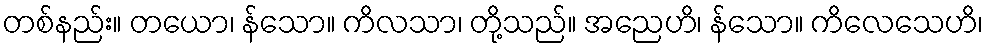
တစ်နည်း။ တယော၊ န်သော။ ကိလသာ၊ တို့သည်။ အညေဟိ၊ န်သော။ ကိလေသေဟိ၊